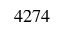
4 2 7 4